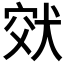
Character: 𤞮